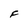
Character: F